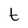
Character: t